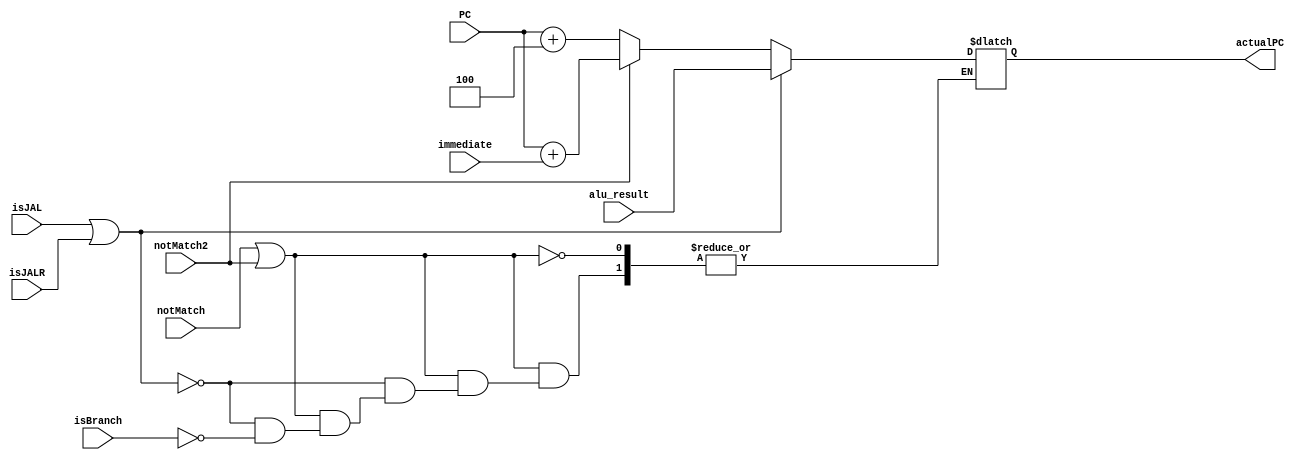
module ActualPC(input notMatch,input notMatch2, input isJAL, input isBranch, input isJALR, input [31:0] PC, input[31:0] immediate, 
input [31:0] alu_result, output reg[31:0] actualPC);
    always @(*) begin
        if(notMatch || notMatch2) begin
            if(isJAL || isJALR) begin
                actualPC = alu_result;
            end
            else if(isBranch) begin
                if(notMatch2)
                    actualPC = PC + immediate;
                else
                    actualPC = PC+4;
            end
        end
    end

endmodule